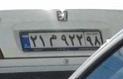
۲۱م۹۲۲۹۸